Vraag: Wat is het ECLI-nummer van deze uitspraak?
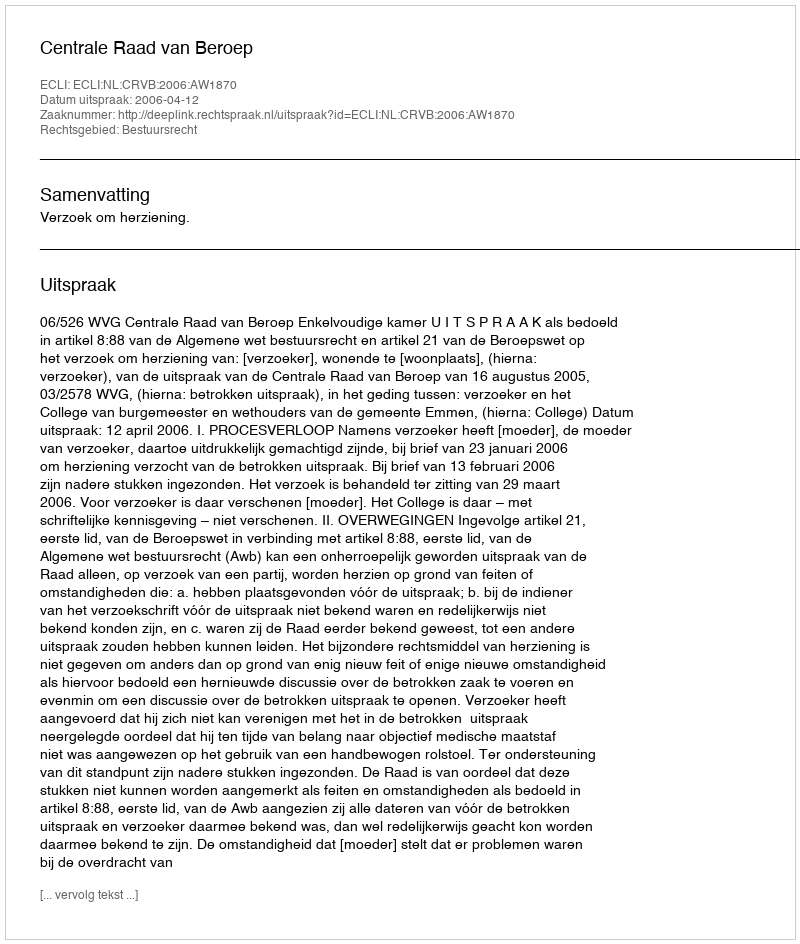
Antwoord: ECLI:NL:CRVB:2006:AW1870